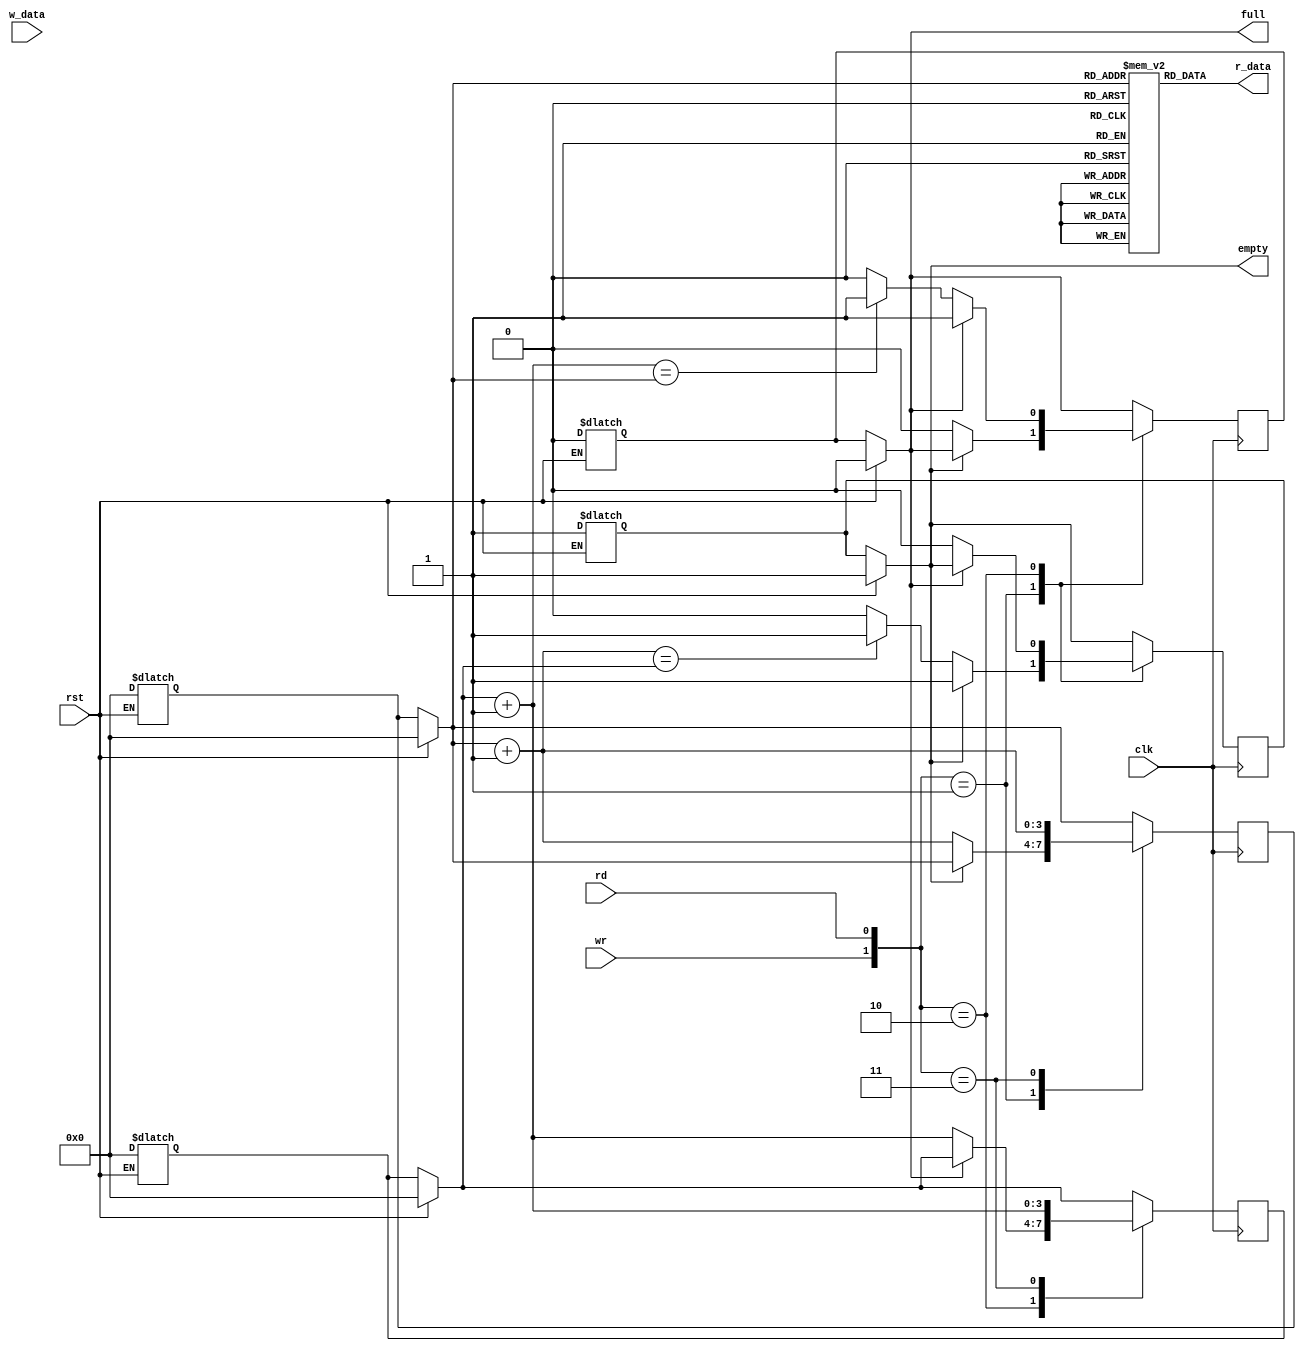
module fifo #(
    
    parameter D_WIDTH = 8,              // data width -> default 8 bits
    parameter A_WIDTH = 4              // address width -> default 4 bits (2^4 locations)
) (
    input clk,                      // clock
    input rst,                      // reset
    input wr,                    // write control line   
    input rd,                     // read control line
    input [D_WIDTH-1:0] w_data,     // write data in
    output empty,              // FIFO empty status
    output full,               // FIFO full status
    output [D_WIDTH-1:0] r_data     // read data out
);


    reg [D_WIDTH-1:0] buff[2**A_WIDTH-1:0];    // FIFO buffer of size 2^address_width x data_width

    reg [A_WIDTH-1:0] w_ptr, w_ptr_next;         // write pointer and next state write pointer
    reg [A_WIDTH-1:0] r_ptr, r_ptr_next;         // read pointer and next state read pointer

    // FIFO full and empty states
    reg empty_reg, empty_next;
    reg full_reg, full_next;

    assign empty = empty_reg;
    assign full = full_reg;

    assign r_data = buff[r_ptr];        // write buffer contents out continuously

    always @* begin

        if (rst) begin
            // on reset, reinitiliaze buffer
            w_ptr <= 0;
            r_ptr <= 0;
            w_ptr_next <= 0;
            r_ptr_next <= 0;
            empty_reg <= 1'b1;
            full_reg <= 1'b0;
            full_next <= 1'b0;
            empty_next <= 1'b1;
        end
        else begin
            // assign new state to current state
            w_ptr <= w_ptr_next;
            r_ptr <= r_ptr_next;
            full_reg <= full_next;
            empty_reg <= empty_next;
        end
    end


    assign r_data = buff[r_ptr];        // write buffer contents out continuously


    always @(posedge clk) begin

        // reassign state by default
        r_ptr_next = r_ptr;
        w_ptr_next = w_ptr;
        full_next = full_reg;
        empty_next = empty_reg;

        case ({wr, rd})
            // 2'b00:
                // no op

            2'b01:
                // read
                if (~empty_reg) begin

                    r_ptr_next = r_ptr + 1'b1;          // move read pointer to next location
                    full_next = 1'b0;                   // not full after read
                    if (r_ptr_next == w_ptr) begin      // if new read pointer equals write pointer...
                        empty_next = 1'b1;              // FIFO is empty
                    end
                end

            2'b10:
                // write
                if (~full_reg) begin

                    w_ptr_next = w_ptr + 1'b1;          // move write pointer to next location
                    empty_next = 1'b0;                  // not empty after write
                    if (w_ptr_next == r_ptr) begin      // if new write pointer equals read pointer...
                        full_next = 1'b1;               // FIFO is full
                    end
                end

            2'b11:
                // read and write
                begin
                    w_ptr_next = w_ptr + 1'b1;          // move write pointer
                    r_ptr_next = r_ptr + 1'b1;          // move read pointer
                    // empty and full states remain the same as before
                end
        endcase

    end


endmodule